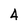
Character: 4